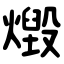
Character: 燬